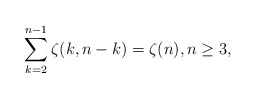
\begin{align*}\sum_{k=2}^{n-1} \zeta(k,n-k) = \zeta(n),n\geq 3,\end{align*}